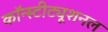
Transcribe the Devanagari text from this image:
कॉन्स्टीट्यूशनल